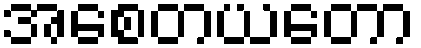
အစေတယတော